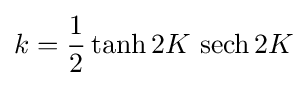
k={\frac {1}{2}}\tanh 2K\,\operatorname {sech} 2K